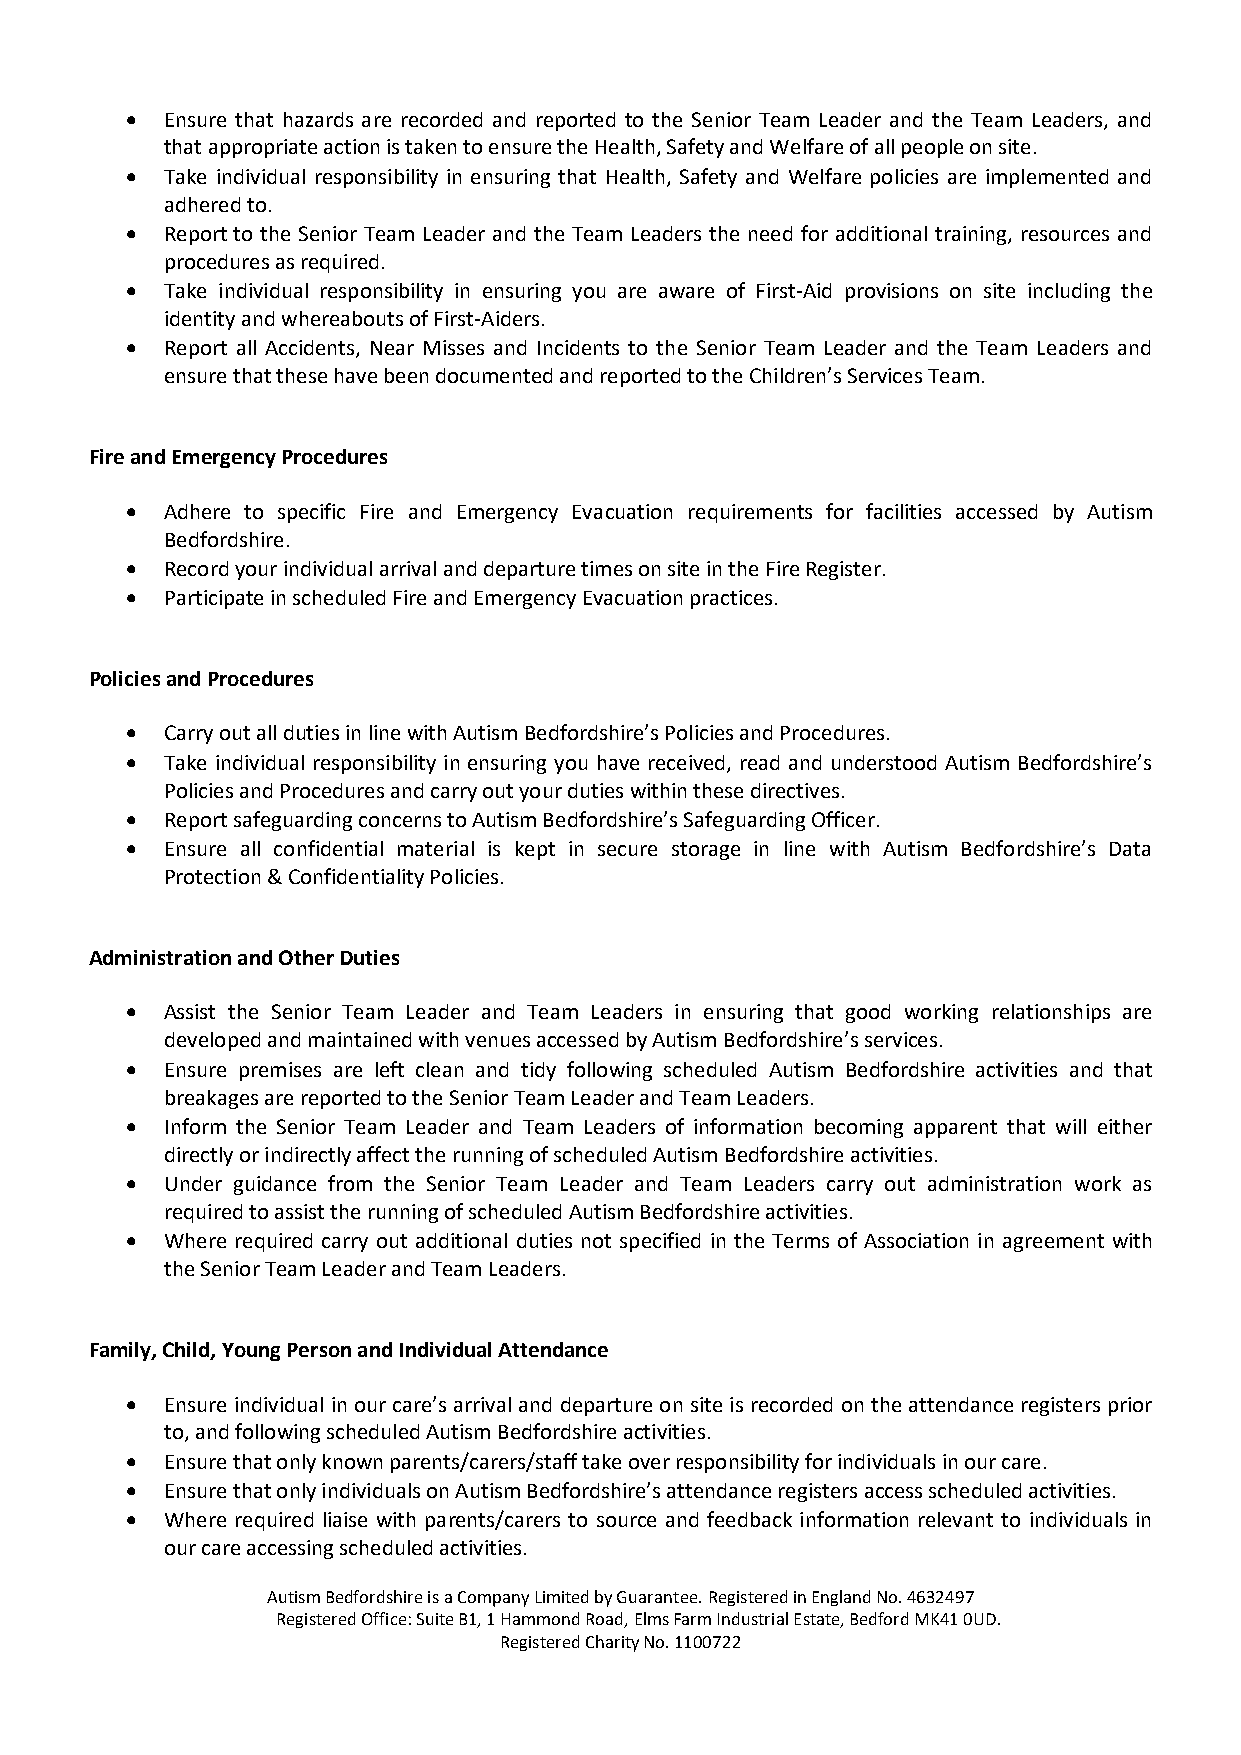
•  Ensure that hazards are recorded and reported to the Senior Team Leader and the Team Leaders, and
 that appropriate action is taken to ensure the Health, Safety and Welfare of all people on site.
 •  Take individual responsibility in ensuring that Health, Safety and Welfare policies are implemented and
 adhered to.
 •  Report to the Senior Team Leader and the Team Leaders the need for additional training, resources and
 procedures as required.
 •  Take individual responsibility in ensuring you are aware of First-Aid provisions on site including the
 identity and whereabouts of First-Aiders.
 •  Report all Accidents, Near Misses and Incidents to the Senior Team Leader and the Team Leaders and
 ensure that these have been documented and reported to the Children’s Services Team.
 Fire and Emergency Procedures
 •  Adhere to specific Fire and Emergency Evacuation requirements for facilities accessed by Autism
 Bedfordshire.
 •  Record your individual arrival and departure times on site in the Fire Register.
 •  Participate in scheduled Fire and Emergency Evacuation practices.
 Policies and Procedures
 •  Carry out all duties in line with Autism Bedfordshire’s Policies and Procedures.
 •  Take individual responsibility in ensuring you have received, read and understood Autism Bedfordshire’s
 Policies and Procedures and carry out your duties within these directives.
 •  Report safeguarding concerns to Autism Bedfordshire’s Safeguarding Officer.
 •  Ensure all confidential material is kept in secure storage in line with Autism Bedfordshire’s Data
 Protection & Confidentiality Policies.
 Administration and Other Duties
 •  Assist the Senior Team Leader and Team Leaders in ensuring that good working relationships are
 developed and maintained with venues accessed by Autism Bedfordshire’s services.
 •  Ensure premises are left clean and tidy following scheduled Autism Bedfordshire activities and that
 breakages are reported to the Senior Team Leader and Team Leaders.
 •  Inform the Senior Team Leader and Team Leaders of information becoming apparent that will either
 directly or indirectly affect the running of scheduled Autism Bedfordshire activities.
 •  Under guidance from the Senior Team Leader and Team Leaders carry out administration work as
 required to assist the running of scheduled Autism Bedfordshire activities.
 •  Where required carry out additional duties not specified in the Terms of Association in agreement with
 the Senior Team Leader and Team Leaders.
 Family, Child, Young Person and Individual Attendance
 •  Ensure individual in our care’s arrival and departure on site is recorded on the attendance registers prior
 to, and following scheduled Autism Bedfordshire activities.
 •  Ensure that only known parents/carers/staff take over responsibility for individuals in our care.
 •  Ensure that only individuals on Autism Bedfordshire’s attendance registers access scheduled activities.
 •  Where required liaise with parents/carers to source and feedback information relevant to individuals in
 our care accessing scheduled activities.
 Autism Bedfordshire is a Company Limited by Guarantee. Registered in England No. 4632497
 Registered Office: Suite B1, 1 Hammond Road, Elms Farm Industrial Estate, Bedford MK41 0UD.
 Registered Charity No. 1100722